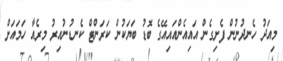
މިއަދު ހެނދުނުން ފެށިގެން އައިއެންއައިއޭގެ ބޮޑު ބަޔަކުން ކަރަންޓް ކެނޑުނުއިރު މިރެއާ ހަމައަށް